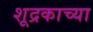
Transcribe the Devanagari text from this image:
शूद्रकाच्या